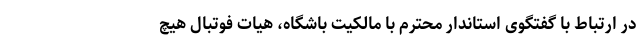
در ارتباط با گفتگوی استاندار محترم با مالکیت باشگاه، هیات فوتبال هیچ